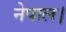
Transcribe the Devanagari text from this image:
नेपाल।